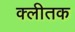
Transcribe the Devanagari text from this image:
क्लीतक